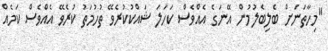
"މިހާތަނަށް ބެލިބެލުމުން އޭނަގެ އެއްވެސް ކަހަލަ ޝައްކުކުރެވޭ ތުހުމަތު ކުރެވޭ އެއްވެސް ކަމެއް